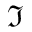
\Im